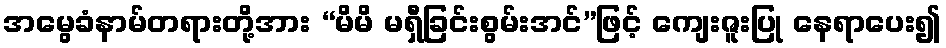
အမွေခံနာမ်တရားတို့အား “မိမိ မရှီခြင်းစွမ်းအင်”ဖြင့် ကျေးဇူးပြု နေရာပေး၍